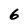
Character: 6